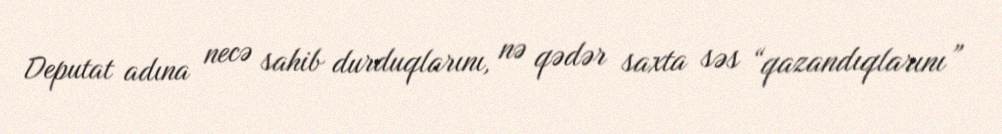
Deputat adına necə sahib durduqlarını, nə qədər saxta səs “qazandıqlarını”